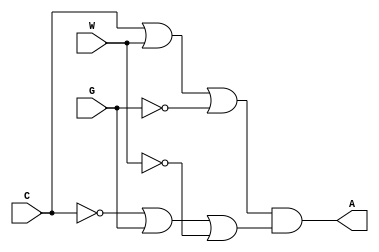
module lab3step1(C, G, W, A);
	input C, G, W;
	output A;
	
	not(G_n, G);
	not(C_n, C);
	not(W_n, W);
		
	or(c_gn_w, C, W, G_n);
	or(cn_g_wn, C_n, G, W_n);
	
	and(A, c_gn_w, cn_g_wn);
	
	
endmodule